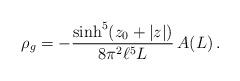
LaTeX: \begin{align*}\rho_g=-\frac{\sinh^5(z_0+|z|)}{8\pi^2 \ell^5 L}\,A(L)\,.\end{align*}